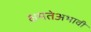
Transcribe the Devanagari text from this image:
क्षमतेअभावी